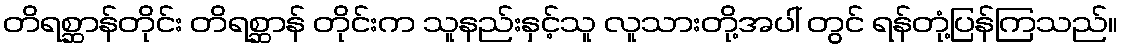
တိရစ္ဆာန်တိုင်း တိရစ္ဆာန် တိုင်းက သူနည်းနှင့်သူ လူသားတို့အပါ် တွင် ရန်တုံ့ပြန်ကြသည်။